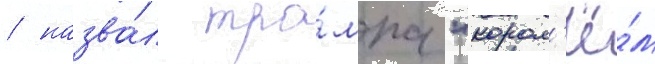
/ назва́л тра́мпа "корол'ё́м